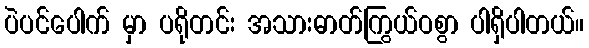
ပဲပင်ပေါက် မှာ ပရိုတင်း အသားဓာတ်ကြွယ်ဝစွာ ပါရှိပါတယ်။